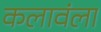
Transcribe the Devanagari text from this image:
कलावंला